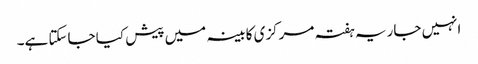
انہیں جاریہ ہفتہ مرکزی کابینہ میں پیش کیا جاسکتا ہے۔